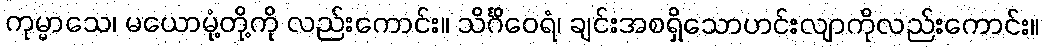
ကုမ္မာသေ၊ မယောမုံ့တို့ကို လည်းကောင်း။ သိင်္ဂိဝေရံ၊ ချင်းအစရှိသောဟင်းလျာကိုလည်းကောင်း။